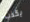
يكذب